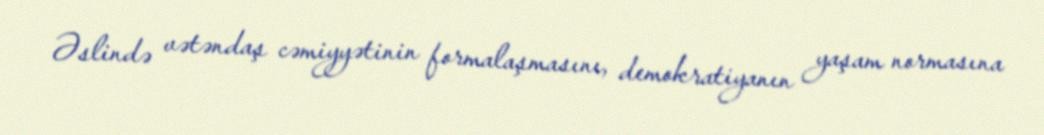
Əslində vətəndaş cəmiyyətinin formalaşmasını, demokratiyanın yaşam normasına